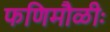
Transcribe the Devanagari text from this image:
फणिमौळीः